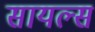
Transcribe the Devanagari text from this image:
सायल्स